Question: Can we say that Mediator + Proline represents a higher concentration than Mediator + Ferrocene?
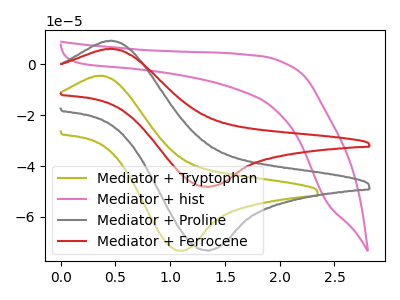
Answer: <think>The olive curve "Mediator + Tryptophan" has an anodic peak at (0.40V, -4.45uA) and a cathodic peak at (1.10V, -73.35uA). The pink curve "Mediator + hist" has no peaks. The gray curve "Mediator + Proline" has an anodic peak at (0.45V, 9.35uA) and a cathodic peak at (1.35V, -73.10uA). The red curve "Mediator + Ferrocene" has an anodic peak at (0.45V, 6.15uA) and a cathodic peak at (1.35V, -48.10uA).
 All the peaks in "Mediator + Proline" have a peak in "Mediator + Ferrocene" at the same potential. Every peak in "Mediator + Proline" is higher than every peak in "Mediator + Ferrocene".</think>
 <answer>"Mediator + Proline" has more signal than "Mediator + Ferrocene" and so likely has a higher concentration.</answer>
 <eval>more_concentration</eval>